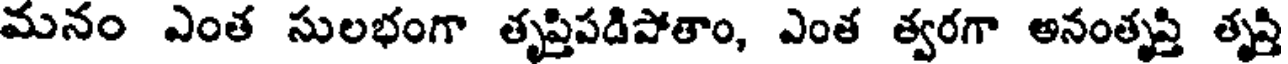
మనం ఎంత సులభంగా తృప్తిపడిపోతాం, ఎంత త్వరగా అనంతృప్తి తృప్తి